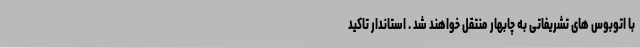
با اتوبوس های تشریفاتی به چابهار منتقل خواهند شد . استاندار تاکید